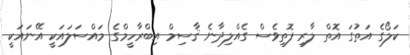
ކަލޯގެ އަތުގަ އޮތް ލާރި ފޮތިވެސް ގެއްލިދާނެ ޤާސިމް އިބްރާހީމްގެ މައްސަލައަކީ އޭނައަކީ